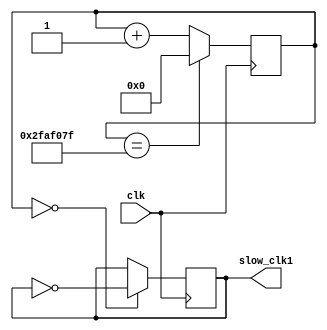
`timescale 1ns / 1ps
//////////////////////////////////////////////////////////////////////////////////
// Company: 
// Engineer: 
// 
// Design Name: 
// Module Name: slow_clk_1hz
// Project Name: 
// Target Devices: 
// Tool Versions: 
// Description: 
// 
// Dependencies: 
// 
// Revision:
// Revision 0.01 - File Created
// Additional Comments:
// 
//////////////////////////////////////////////////////////////////////////////////

// 100MHz -> 1Hz --> 100M cycles --> 50M cycle flip
module slow_clk_1hz(
    input clk, output reg slow_clk1 = 0
    );
    
    // 50M cycle --> 26 bits
    reg [25:0]counter_26bits = 1;
    
    always @(posedge clk)
    begin
        counter_26bits <= (counter_26bits == 50_000_000 - 1) ? 0 : counter_26bits + 1;
        
        slow_clk1 <= (counter_26bits == 0) ? ~slow_clk1 : slow_clk1;
    end
endmodule